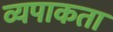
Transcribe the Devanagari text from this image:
व्यपाकता